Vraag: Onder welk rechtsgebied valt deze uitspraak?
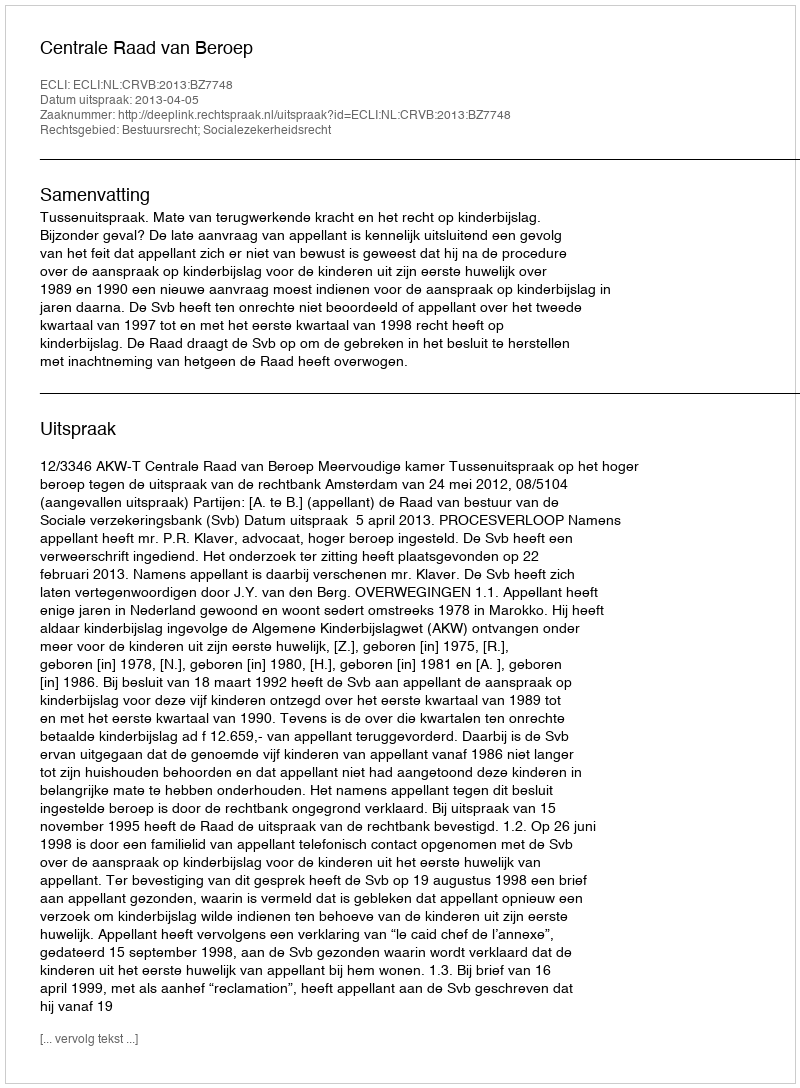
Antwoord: Bestuursrecht; Socialezekerheidsrecht